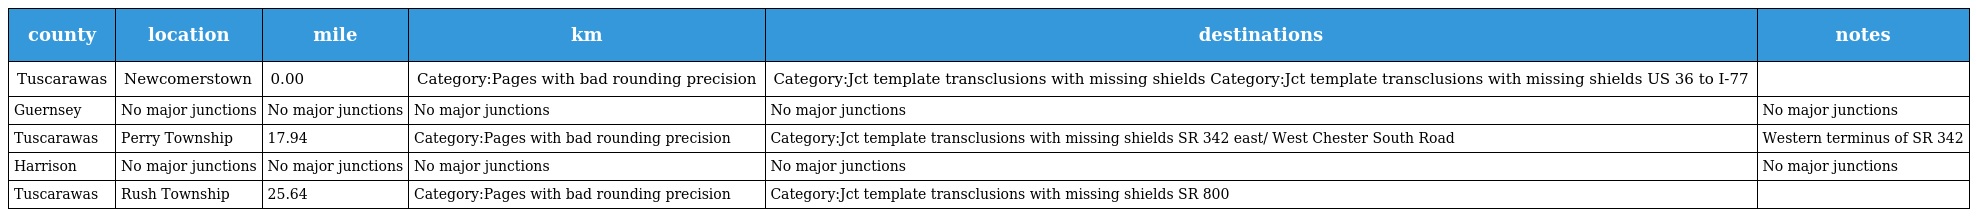
| county | location | mile | km | destinations | notes |
 | --- | --- | --- | --- | --- | --- |
 | Tuscarawas | Newcomerstown | 0.00 | Category:Pages with bad rounding precision | Category:Jct template transclusions with missing shields Category:Jct template transclusions with missing shields US 36 to I-77 |  |
 | Guernsey | No major junctions | No major junctions | No major junctions | No major junctions | No major junctions |
 | Tuscarawas | Perry Township | 17.94 | Category:Pages with bad rounding precision | Category:Jct template transclusions with missing shields SR 342 east/ West Chester South Road | Western terminus of SR 342 |
 | Harrison | No major junctions | No major junctions | No major junctions | No major junctions | No major junctions |
 | Tuscarawas | Rush Township | 25.64 | Category:Pages with bad rounding precision | Category:Jct template transclusions with missing shields SR 800 |  |